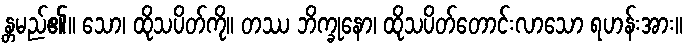
န္တမည်၏။ သော၊ ထိုသပိတ်ကို။ တဿ ဘိက္ခုနော၊ ထိုသပိတ်တောင်းလာသော ရဟန်းအား။